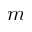
m